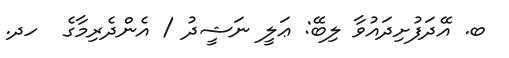
ބ. އޭދަފުށިދައުވާ ލިބޭ: ޢަލީ ނަޝީދު / އެންދެރިމާގެ  ހދ.